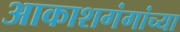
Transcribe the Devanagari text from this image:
आकाशगंगांच्या